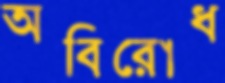
অবিরোধ